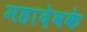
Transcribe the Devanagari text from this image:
महादेवके